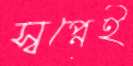
স্বপ্নেই